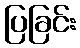
ပြခြင်း